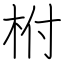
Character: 柎